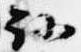
路